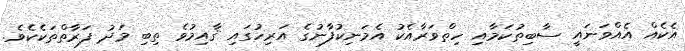
އެކެއް އެއްވަނައީ ސާބިތުކަމާއި ހިތްވަރާއެކު އެމަނިކުފާނުގެ އަރިހުގައި ޤާއިމުވެ ތިބި މަދު ފަރާތްތަކެކެވެ.